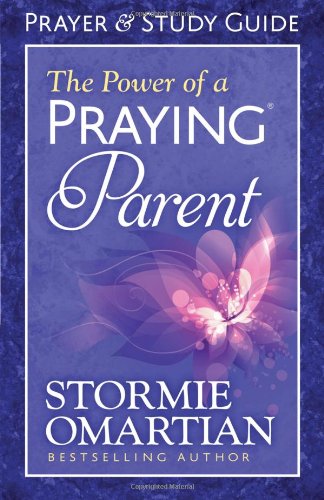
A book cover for The Power of a Praying Parent Prayer and Study Guide; Stormie Omartian; Religion & Spirituality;